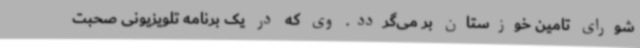
شورای تامین خوزستان بر می‌گردد. وی که در یک برنامه تلویزیونی صحبت